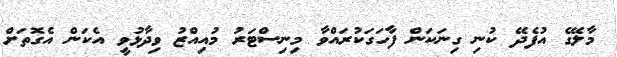
މާލޭގެ އުފެދޭ ކުނި ގިނަކަން ފާހަގަކުރައްވާ މިނިސްޓަރު މުއިއްޒު ވިދާޅުވީ އެކަން އެގޮތަށް